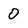
Character: 0